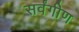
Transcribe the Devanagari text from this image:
सर्वंगीण